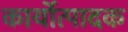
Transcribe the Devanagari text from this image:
कार्योत्पादक